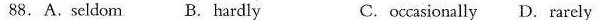
88.A.Scldom B.Hardly C.occasionally D.Rarely